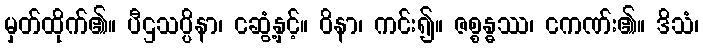
မှတ်ထိုက်၏။ ပီဌသပ္ပိနာ၊ ငဆွံ့နှင့်။ ဝိနာ၊ ကင်း၍။ ဇစ္စန္ဓဿ၊ ငကဏ်း၏။ ဒိသံ၊